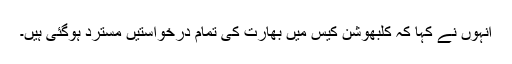
انہوں نے کہا کہ کلبھوشن کیس میں بھارت کی تمام درخواستیں مسترد ہوگئی ہیں۔